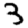
Digit: 3